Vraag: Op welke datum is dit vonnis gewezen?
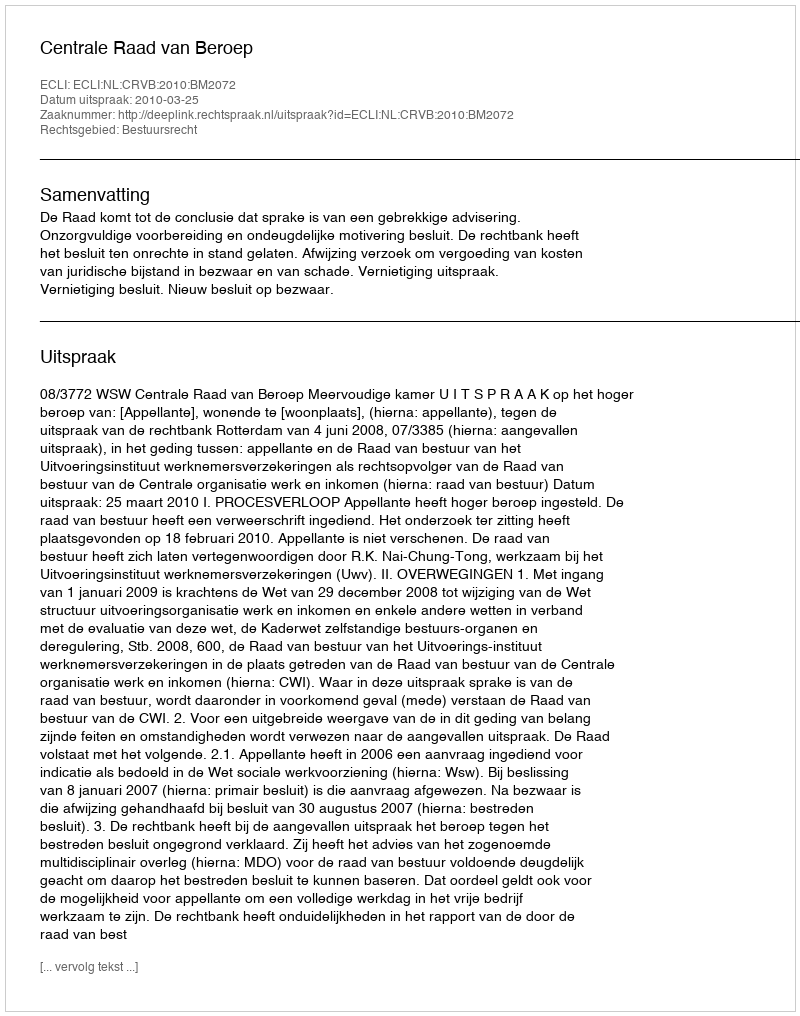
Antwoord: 2010-03-25